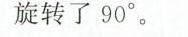
旋转了90°。